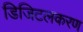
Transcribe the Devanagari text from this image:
डिजिटलकरण